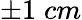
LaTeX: \pm 1\; cm